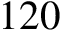
1 2 0